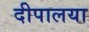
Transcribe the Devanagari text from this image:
दीपालया